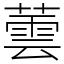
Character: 蕓